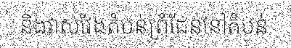
និងវាស់វែងតំបន់ព្រំដែននៅតំបន់